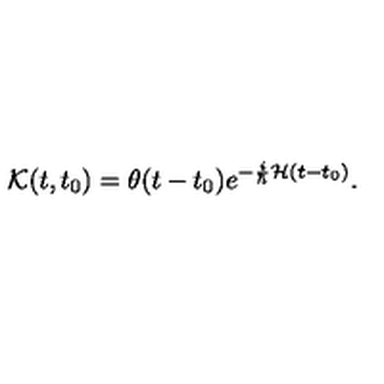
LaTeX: { \cal { K } } ( t , t _ { 0 } ) = \theta ( t - t _ { 0 } ) e ^ { - \frac { i } { \hbar } { \cal { H } } ( t - t _ { 0 } ) } .